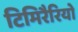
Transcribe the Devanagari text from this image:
टिमिरैरियो